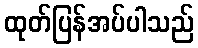
ထုတ်ပြန်အပ်ပါသည်